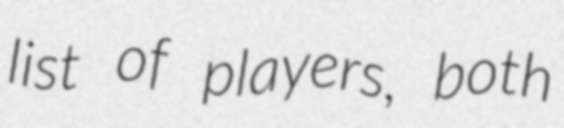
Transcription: list of players, both